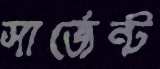
সার্জেন্ট